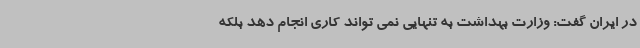
در ایران گفت: وزارت بهداشت به تنهایی نمی تواند کاری انجام دهد بلکه